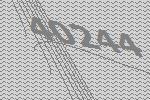
40244